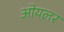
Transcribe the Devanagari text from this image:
ओयलर